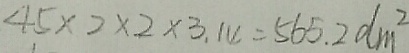
4 5 \times 2 \times 2 \times 3 . 1 4 = 5 6 5 . 2 d m ^ { 2 }